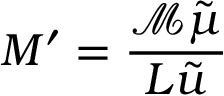
M ^ { \prime } = \frac { \mathcal { M } \tilde { \mu } } { L \tilde { u } }